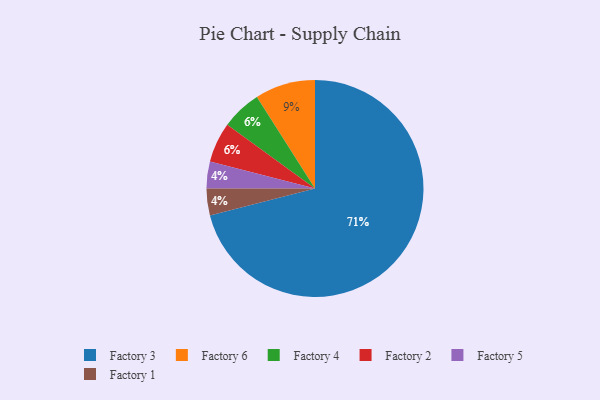
{"axis": {"x": "Category", "y": "Percentage"}, "legend": ["Factory 1", "Factory 2", "Factory 3", "Factory 4", "Factory 5", "Factory 6"], "data": [{"x": "Factory 3", "y": 71, "type": "Factory 3"}, {"x": "Factory 4", "y": 6, "type": "Factory 4"}, {"x": "Factory 5", "y": 4, "type": "Factory 5"}, {"x": "Factory 6", "y": 9, "type": "Factory 6"}, {"x": "Factory 1", "y": 4, "type": "Factory 1"}, {"x": "Factory 2", "y": 6, "type": "Factory 2"}]}